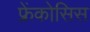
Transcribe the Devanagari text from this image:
फ्रेंकोसिस